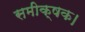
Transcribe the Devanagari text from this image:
समीक्षक।